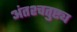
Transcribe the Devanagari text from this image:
अंतश्चतुष्ट्य